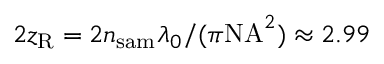
2 z _ { \mathrm { R } } = 2 n _ { \mathrm { s a m } } \lambda _ { 0 } / ( \pi \mathrm { N A } ^ { 2 } ) \approx 2 . 9 9